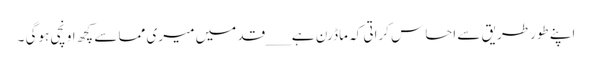
اپنے طورطریق سے احساس کراتی کہ ماڈرن ہے ___قد میں میری مما سے کچھ اونچی ہوگی ۔